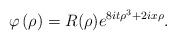
\begin{align*}\varphi\left( \rho\right) =R(\rho)e^{8it\rho^{3}+2ix\rho}.\end{align*}